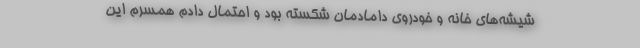
شیشه‌های خانه و خودروی دامادمان شکسته بود و احتمال دادم همسرم این